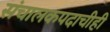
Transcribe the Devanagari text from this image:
संचालकपदाचीही